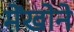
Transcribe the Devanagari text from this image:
मेंखोने